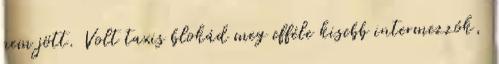
nem jött. Volt taxis blokád meg efféle kisebb intermezzók,